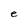
Character: e